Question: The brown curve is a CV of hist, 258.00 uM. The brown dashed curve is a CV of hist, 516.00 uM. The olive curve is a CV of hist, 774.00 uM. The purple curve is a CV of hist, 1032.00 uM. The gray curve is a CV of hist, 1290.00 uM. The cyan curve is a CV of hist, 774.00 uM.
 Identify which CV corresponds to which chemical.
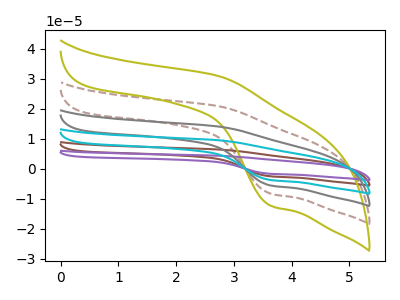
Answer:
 <answer>The brown curve is labeled "hist, 258.00 uM". The brown dashed curve is labeled "hist, 516.00 uM". The olive curve is labeled "hist, 774.00 uM". The purple curve is labeled "hist, 1032.00 uM". The gray curve is labeled "hist, 1290.00 uM". The cyan curve is labeled "hist, 774.00 uM".</answer>
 <eval></eval>